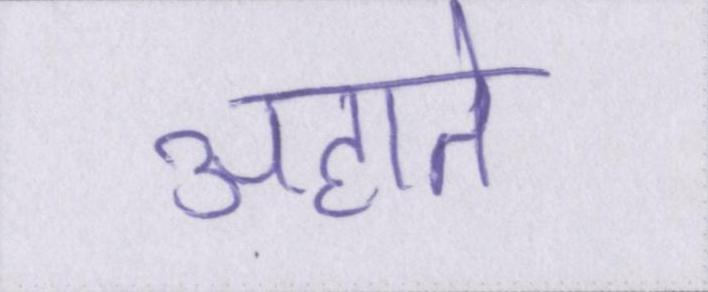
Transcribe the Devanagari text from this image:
अहाते